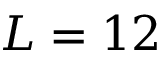
L = 1 2